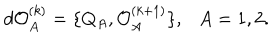
d { \cal O } _ { A } ^ { ( k ) } = \{ Q _ { A } , { \cal O } _ { A } ^ { ( k + 1 ) } \} , A = 1 , 2 .